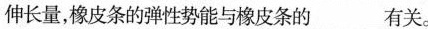
伸长量，橡皮条的弹性势能与橡皮条的___有关。